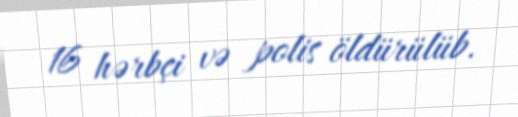
16 hərbçi və polis öldürülüb.